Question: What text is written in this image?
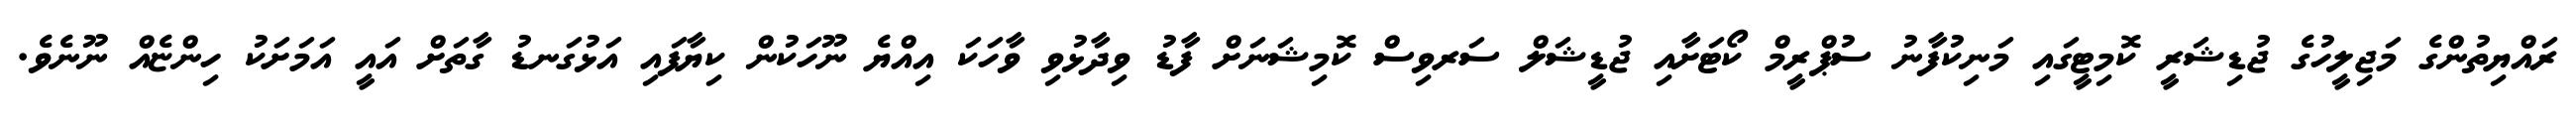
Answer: ރައްޔިތުންގެ މަޖިލީހުގެ ޖުޑިޝަރީ ކޮމިޓީގައި މަނިކުފާނު ސުޕްރީމް ކޯޓަށާއި ޖުޑީޝަލް ސަރވިސް ކޮމިޝަނަށް ފާޑު ވިދާޅުވި ވާހަކަ އިއްޔެ ނޫހަކުން ކިޔާފައި އަޅުގަނޑު ގާތަށް އައީ އަމަށަކު ހިންޏެއް ނޫނެވެ.